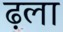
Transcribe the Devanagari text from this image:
ढ़ला